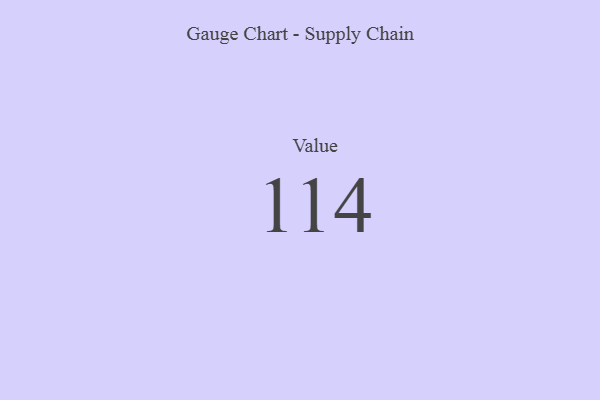
{"axis": {"x": "Metric", "y": "Value"}, "legend": [""], "data": [{"x": "Value", "y": 114, "type": ""}]}